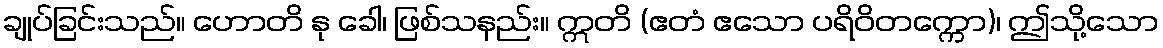
ချုပ်ခြင်းသည်။ ဟောတိ နု ခေါ၊ ဖြစ်သနည်း။ ဣတိ (ဧတံ ဧသော ပရိဝိတက္ကော)၊ ဤသို့သော